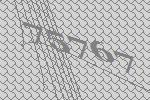
75767